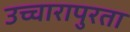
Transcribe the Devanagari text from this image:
उच्चारापुरता